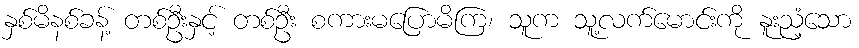
နှစ်မိနစ်ခန့် တစ်ဦးနှင့် တစ်ဦး စကားမပြောမိကြ၊ သူက သူ့လက်မောင်းကို နူးညံ့သော